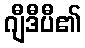
ဂျီဒီပီ၏